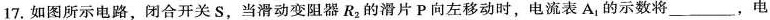
17. 如图所示电路，闭合开关S，当滑动变阻器R_{2}的滑片P向左移动时，电流表A_{1}的示数将___，电